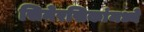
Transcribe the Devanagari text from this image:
सिनेरसिकांमध्ये